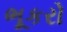
ભૂકરો